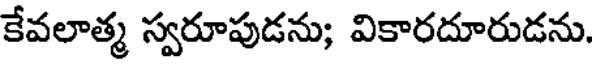
కేవలాత్మ స్వరూపుడను; వికారదూరుడను